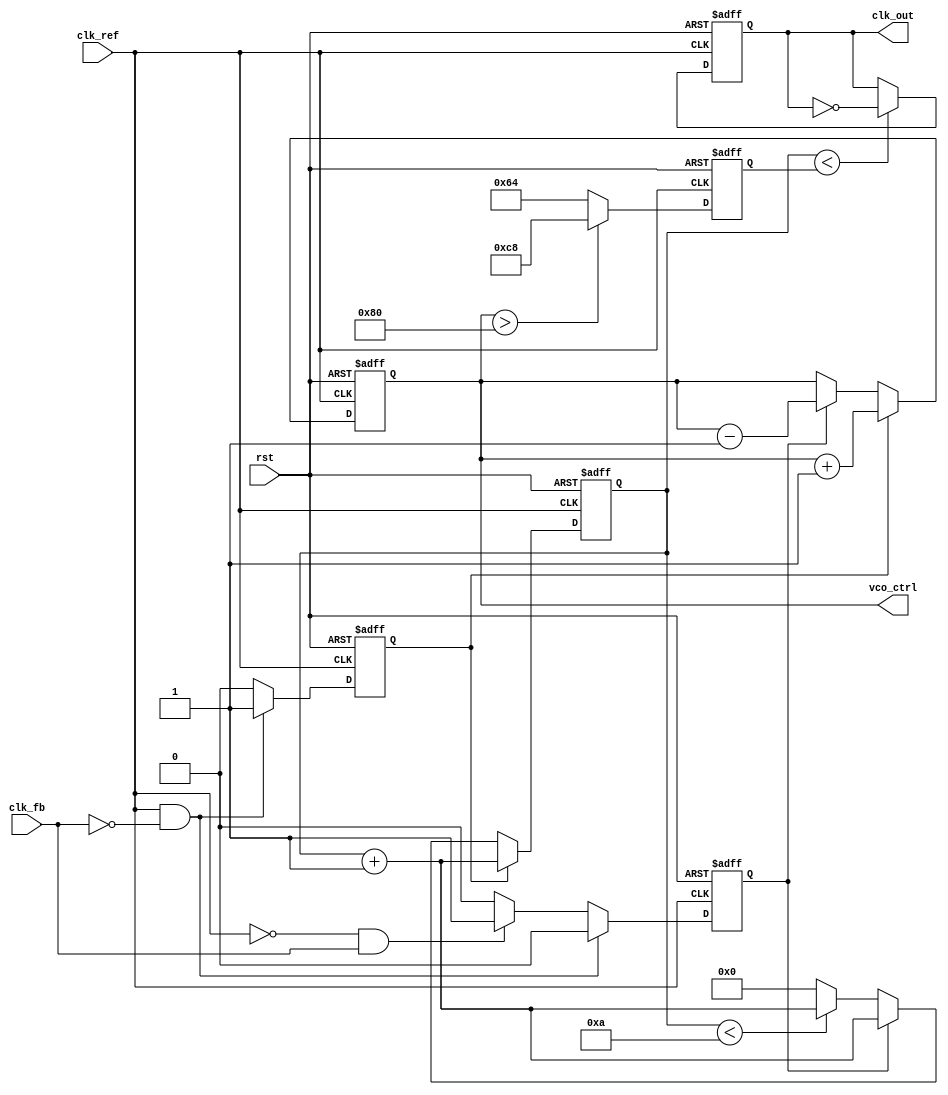
module cp_pll(
    input wire clk_ref,        // Reference clock input
    input wire clk_fb,         // Feedback clock input from the VCO
    input wire rst,            // Reset signal
    output reg clk_out,        // Output clock
    output wire [7:0] vco_ctrl // Control voltage for VCO
);

// Parameters for tuning
parameter UP_CURRENT = 5'd1; // Charge pump UP current
parameter DOWN_CURRENT = 5'd1; // Charge pump DOWN current
parameter CYCLE_COUNT = 10; // Duration of charge and discharge cycles

// Phase Frequency Detector outputs
reg pfd_up, pfd_down;

// Charge Pump state
reg [7:0] charge_vol;
reg [3:0] counter;

// PFD implementation
always @(posedge clk_ref or posedge rst) begin
    if (rst) begin
        pfd_up <= 1'b0;
        pfd_down <= 1'b0;
    end else begin
        // Detect rising edge of both clocks
        if (clk_ref && !clk_fb) begin
            pfd_up <= 1'b1; // Reference clock leads feedback clock
            pfd_down <= 1'b0;
        end else if (!clk_ref && clk_fb) begin
            pfd_up <= 1'b0;
            pfd_down <= 1'b1; // Feedback clock leads reference clock
        end else begin
            pfd_up <= 1'b0;
            pfd_down <= 1'b0;
        end
    end
end

// Charge Pump Implementation
always @(posedge clk_ref or posedge rst) begin
    if (rst) begin
        charge_vol <= 8'b0;
        counter <= 4'b0;
    end else begin
        if (pfd_up) begin
            charge_vol <= charge_vol + UP_CURRENT;
            counter <= counter + 1;
        end else if (pfd_down) begin
            charge_vol <= charge_vol - DOWN_CURRENT;
            counter <= counter + 1;
        end else begin
            // Hold charge voltage
            if (counter < CYCLE_COUNT) begin
                counter <= counter + 1;
            end else begin
                counter <= 0;
            end
        end
    end
end

// Voltage-Controlled Oscillator (VCO)
reg [7:0] vco_frequency;

always @(posedge clk_ref or posedge rst) begin
    if (rst) begin
        clk_out <= 1'b0;
        vco_frequency <= 8'b0;
    end else begin
        // Here we simulate VCO frequency control based on charge voltage
        if (charge_vol > 8'd128) begin
            vco_frequency <= 8'd200; // High frequency setting
        end else begin
            vco_frequency <= 8'd100; // Low frequency setting
        end
        
        // Generate output clock based on VCO frequency
        if (counter < vco_frequency) begin
            clk_out <= ~clk_out; // Toggle output clock
        end
    end
end

// Output control voltage for external use
assign vco_ctrl = charge_vol;

endmodule